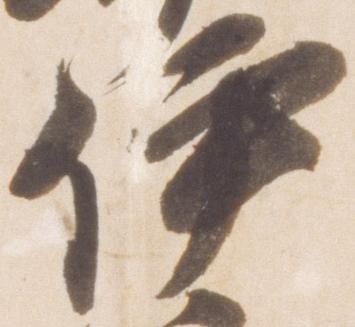
伊